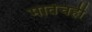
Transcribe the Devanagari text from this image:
मातेचही